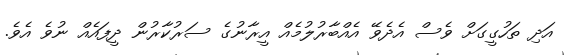
އަދި ތަހުގީގަށް ވެސް އެދެވޭ އެއްބާރުލުމެއް އީރާނުގެ ސަރުކާރުން ދީފައެއް ނުވެ އެވެ.